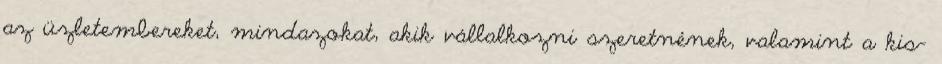
az üzletembereket, mindazokat, akik vállalkozni szeretnének, valamint a kis-